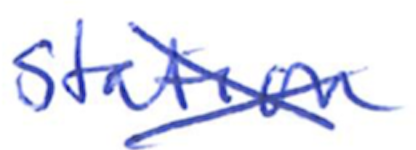
Text: station
Cross-out: cross
Writing tool: ballpoint